Sanitation, dispensaries and jails vaccination Rajputana 1922-1927 - 1922-1927
Year: 1922
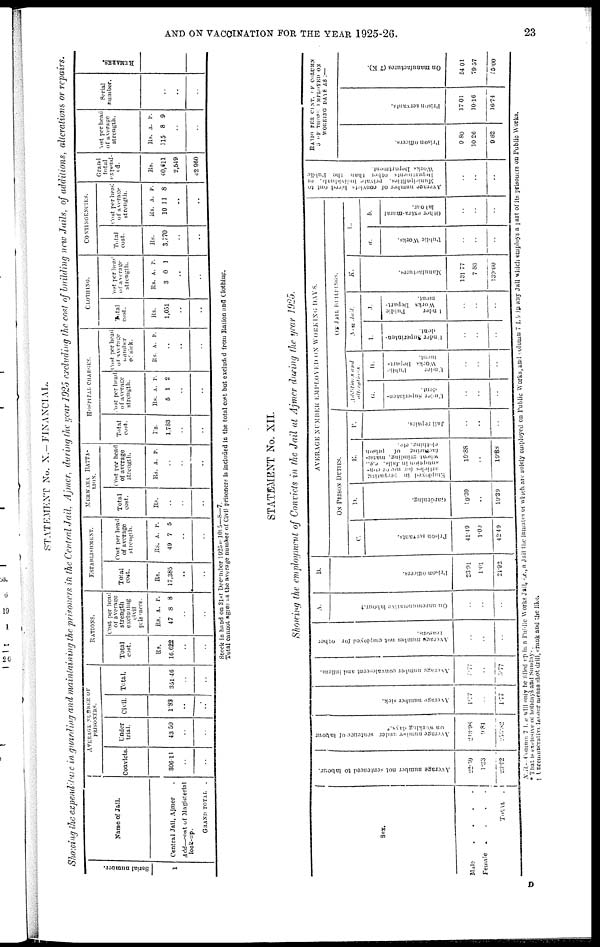
AND ON VACCINATION FOR THE YEAR 1925-26.
23
STATEMENT No. X.- FINANCIAL.
Showing the expenditure in guarding and maintaining the prisoners in the Central Jail Ajmer, during the year 1925 excluding the cost of building new Jails, of additions, alterations or repairs.
Serial number.
1
Name of Jail.
Central Jail, Ajmer .
Add—cost of Magisterial
lock-up.
GRAND TOTAL .
AVERAGE NUMBER OF
PRISONERS.
Convicts.
306.14
..
..
Under
trial.
43.50
..
..
Civil.
1.82
..
..
Total.
351.46
..
..
RATIONS.
Total
cost.
Rs.
16,622
..
..
Cost per head
of average
strength
excluding
civil
prisoners.
Rs.
47
A.
8
P.
8
..
..
ESTABLISHMENT.
Total
cost.
Rs.
17,385
..
..
Cost per head
of average
strength.
Rs.
49
A.
7
P.
5
..
..
MERWARA BATTA¬
-----
Total
cost.
Rs.
..
..
..
Cost per head
of average
strength.
Rs.
A. P.
..
..
..
HOSPITAL CHARGES.
Total
cost.
Rs.
1,783
..
..
Cost per head
of average
strength.
Rs.
5
A.
1
P.
2
..
..
Cost per head
of average
number
of sick.
Rs. A. P.
..
..
..
CLOTHING.
Total
cost.
Rs.
1,051
..
..
Cost per head
of average
strength.
Rs.
3
A.
0
P.
1
..
..
CONTINGENCIES.
Total
cost.
Rs.
3,770
..
..
Cost per head
of average
strength.
Rs.
10
A.
11
P.
8
..
..
Grand
total
expend¬
ed.
Rs.
40,611
2,549
42,960
Cost per head
of average
strength.
Rs.
115
A.
8
P.
9
..
..
Serial
number.
..
..
..
REMARKS.
Stock In hand on 31st December 1925—1095—8—7.
Total cannot agree as the average number of Civil prisoners is included in the total cost but excluded from Ration and Clothing.
STATEMENT No. XII.
Showing the employment of Convicts in the Jail at Ajmer during the year 1925.
Sex.
Male
.
.
.
.
Female
.
.
.
.
TOTAL .
Average number not sentenced to labour.
22.59
1.33
23.92
Average number under sentence of labour
on working days.*
213.98
9.81
253.82
Average number sick.
1.77
..
1.77
Average number convalescent and infirm.
5.77
..
5.77
Average number not employed for other
..
..
..
A.
On unremunerative labour.†
..
..
..
B.
Prison officers.
23.91
1.01
24.92
AVERAGE NUMBER EMPLOYED ON WORKING DAYS.
ON PRISON DUITES.
C.
Prison servants.
41.49
1.00
42.49
D.
Gardening.
19.39
..
19.39
E.
Employed in preparing
articles
for use or con¬
sumption in Jails. e.g.,
wheat, grinding, manu¬
facturing
of prison
clothing, etc.
19.88
..
19.88
F.
Jail repairs.
..
..
..
ON JAIL BUILDINGS.
Addtions
and
alterations.
G.
Under Superinten-
dent.
..
..
..
H.
Under
Public
Works Depart¬
ment.
..
..
..
New Jail.
I.
Under Superinten¬
dent.
..
..
..
J.
Under
Public
Works Depart-
ment.
..
..
..
K.
Manufactures.
131.77
7.83
139.60
L.
a.
Public Works.
..
..
..
b.
Other extra-mural
labour.
..
..
..
Average number of convicts hired out to
Municipalities, private individuals, of
Departments other than the Public
Works Department.
..
..
..
RATIO PER CENT. OF COLUMN
3 OF THOSE EMPLOYED ON
WORKING DAYS AS :—
Prison officers.
9.80
10.26
9.82
Prison servants.
17.01
10.16
16.74
On manufactures (7 K).
54.01
79.57
55.00
A.B.—Column 7 L a will only be tilled up in a Public Works Jail, i.e., a Jail the inmates of which are solely employed on Public Works, and column 7 L b in any Jail which employs a part of its prisoners on Public Works.
* That is exclusive of holidays and Sundays.
† Unremunerative labour means shot drill, crank and the like.